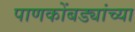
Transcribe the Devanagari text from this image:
पाणकोंबड्यांच्या